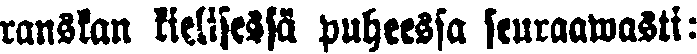
ranskan kielisessä puheessa seuraawasti: